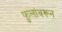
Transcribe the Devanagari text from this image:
फुलांवरून